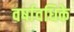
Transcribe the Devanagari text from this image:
वर्षावधिके